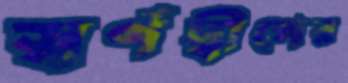
স্বর্ণদ্বীপের